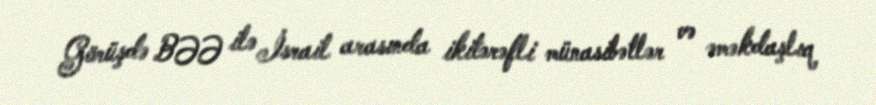
Görüşdə BƏƏ ilə İsrail arasında ikitərəfli münasibətlər və əməkdaşlıq